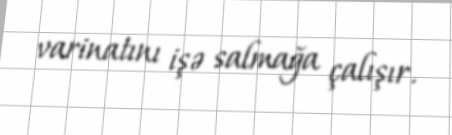
varinatını işə salmağa çalışır.